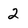
Character: 2